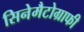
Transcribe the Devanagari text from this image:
सिनेमैटोग्राफी